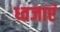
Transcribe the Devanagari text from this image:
ध्वजाएं